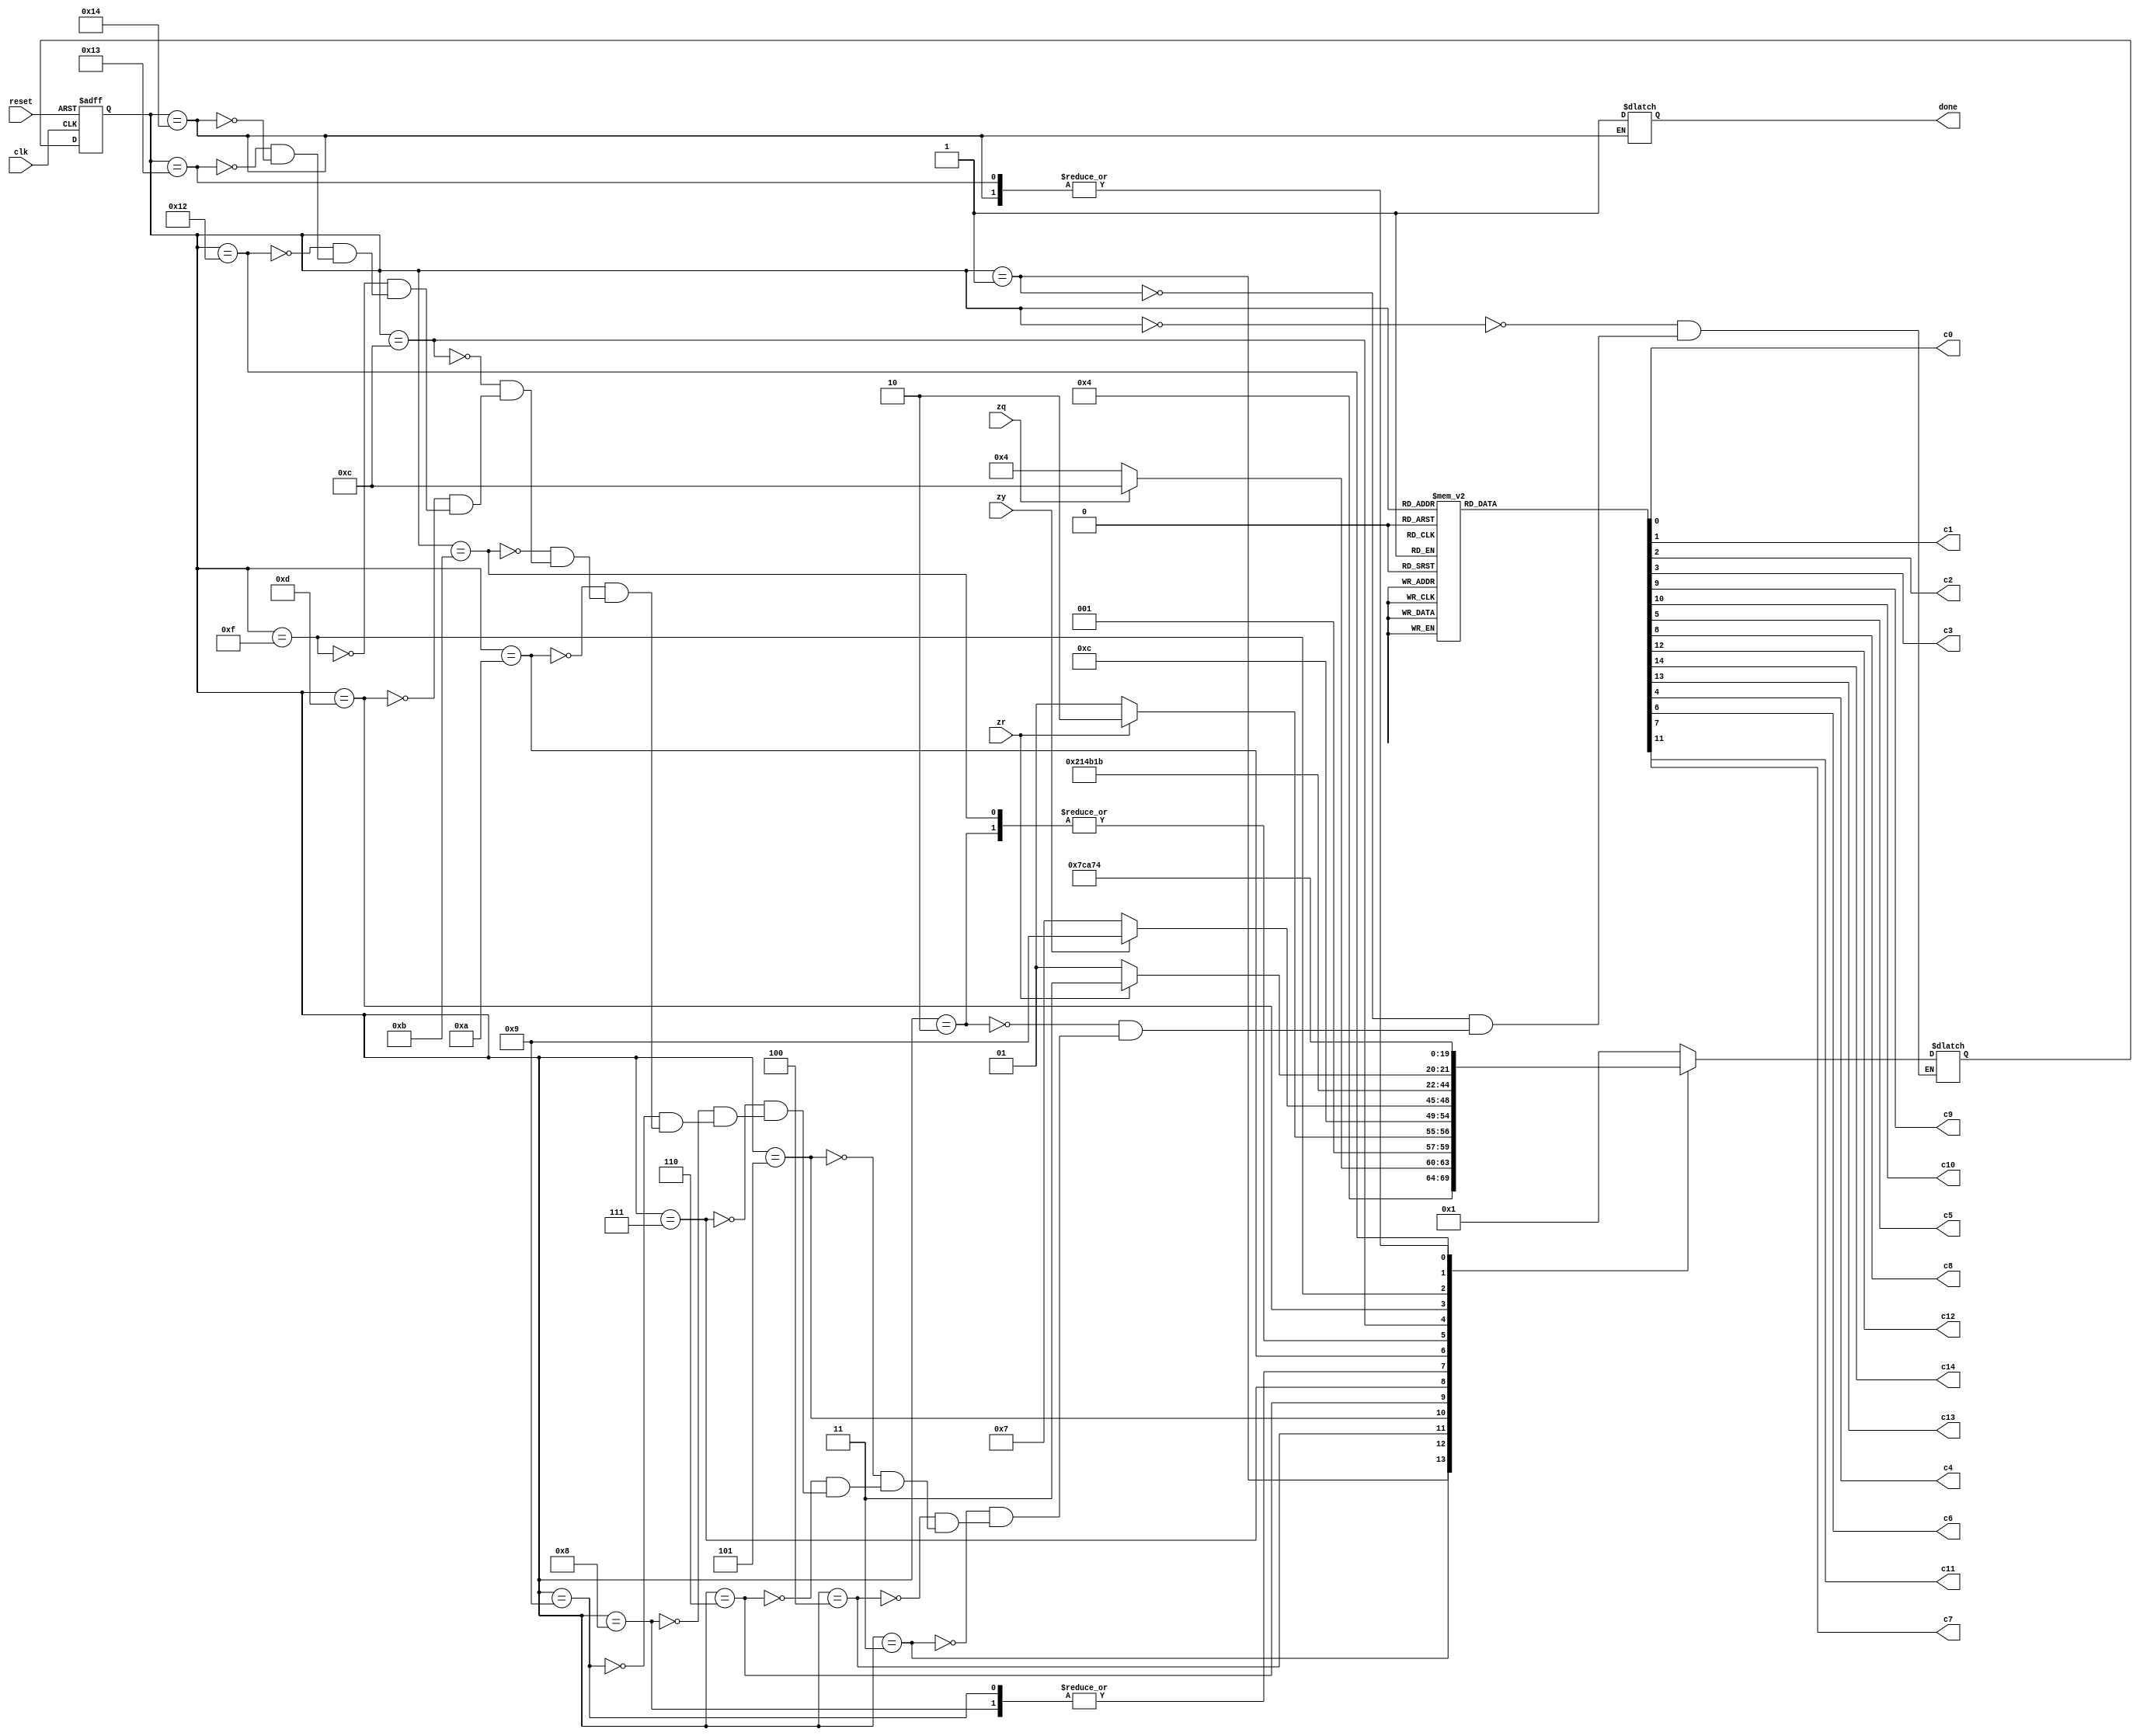
module robs_control_unit_fsm(
	input clk, reset,
	input zq, zy, zr,
	output c0, c1, c2, c3, c9, c10, c5, c8, c12, c14, c13, c4, c6, c7, c11,
	output reg done
	);
	parameter   S0  	= 5'b00000; 
	parameter   S1  	= 5'b00001; 
	parameter   S2  	= 5'b00010;	
	parameter   S3   	= 5'b00011;	
	parameter   S4   	= 5'b00100;	
	parameter   S5   	= 5'b00101;	
	parameter   S6 	    = 5'b00110;	
	parameter   S7 	    = 5'b00111;	
	parameter   S8   	= 5'b01000;	
	parameter   S9 	    = 5'b01001;	
	parameter   S10	    = 5'b01010;	
	parameter   S11     = 5'b01011;	
	parameter   S12 	= 5'b01100; 
	parameter   S13 	= 5'b01101; 
	parameter   S14  	= 5'b01111;	
	parameter   S15	    = 5'b10010;	
	parameter   S16	    = 5'b10011;	
	parameter   S17	    = 5'b10100;	
	reg [4:0]  state, nextstate;
	reg [14:0] controls;	
	always @(posedge clk or posedge reset)			
	 if (reset) state <= S0;
	 else state <= nextstate;
	always @( * )
	 case(state)
		S0:  nextstate <= S1;
		S1:  nextstate <= S2;
		S2:  nextstate <= S3;
		S3:  case(zq)
					  0:      nextstate <= S4;
					  1:      nextstate <= S12;
					  default: nextstate <= S0;  
					endcase
		S4:  case(zr)
					  0:      nextstate <= S5;
					  1:      nextstate <= S6;
					  default: nextstate <= S0; 
					endcase
		S5:  nextstate <= S6;
		S6:  case(zy)
					  0:      nextstate <= S7;
					  1:      nextstate <= S9;
					  default: nextstate <= S0; 
					endcase
		S7:  nextstate <= S8;		
		S8:  nextstate <= S10;	
		S9:  nextstate <= S10;
		S10:  nextstate <= S11;
		S11:  nextstate <= S3;
		S12:  case(zr)
					  0:      nextstate <= S13;
					  1:      nextstate <= S14;
					  default: nextstate <= S0; 
					endcase
		S13:  nextstate <= S14;
		S14:  nextstate <= S15;
		S15:  nextstate <= S16;
		S16:  nextstate <= S17;
		S17:  begin nextstate <= S17; done <= 1; end
	 endcase
	assign {c14, c13, c12, c11, c10, c9, c8, c7, c6, c5, c4, c3, c2, c1, c0} = controls;
	always @( * )
	 case(state)
        S0:        	controls <= 15'b000_0000_0000_0011;
		S1:       	controls <= 15'b000_0000_0000_1100;
		S2:         controls <= 15'b000_0011_0000_0000;
		S3:         controls <= 15'b000_0000_0000_0000;
		S4:         controls <= 15'b000_0000_0000_0000;
		S5:         controls <= 15'b000_0101_0010_0000;
		S6:         controls <= 15'b000_0000_0000_0000;
		S7:        	controls <= 15'b001_0000_0000_0000;
		S8:   		controls <= 15'b000_0000_0000_0000;
		S9:         controls <= 15'b001_1000_0000_0000;
		S10:    	controls <= 15'b010_0011_0101_0000;
		S11:  		controls <= 15'b000_0000_0000_0000;
		S12:        controls <= 15'b000_0000_0000_0000;   
		S13:       	controls <= 15'b000_0001_0010_0000;
		S14:        controls <= 15'b001_0000_0000_0000;
		S15:        controls <= 15'b000_0011_0101_0000;
		S16:        controls <= 15'b100_0000_1000_1000;	
		S17:        controls <= 15'b000_0000_0000_0000;	
		default:    controls <= 15'b000_0000_0000_0000; 
	 endcase
endmodule